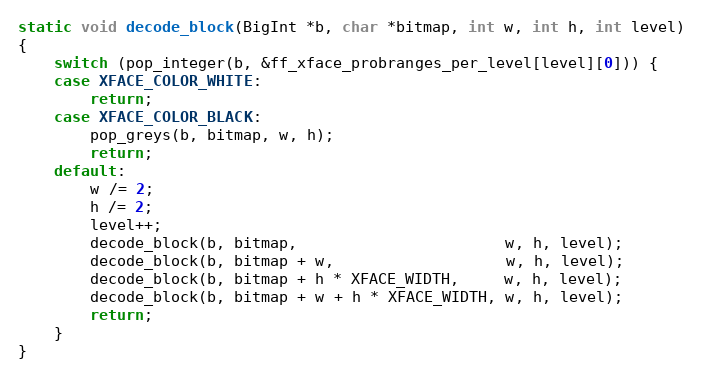
Language: C
static void decode_block(BigInt *b, char *bitmap, int w, int h, int level)
{
    switch (pop_integer(b, &ff_xface_probranges_per_level[level][0])) {
    case XFACE_COLOR_WHITE:
        return;
    case XFACE_COLOR_BLACK:
        pop_greys(b, bitmap, w, h);
        return;
    default:
        w /= 2;
        h /= 2;
        level++;
        decode_block(b, bitmap,                       w, h, level);
        decode_block(b, bitmap + w,                   w, h, level);
        decode_block(b, bitmap + h * XFACE_WIDTH,     w, h, level);
        decode_block(b, bitmap + w + h * XFACE_WIDTH, w, h, level);
        return;
    }
}